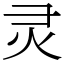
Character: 灵